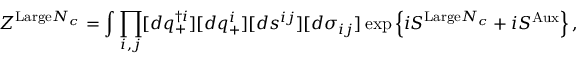
Z ^ { \mathrm { L a r g e } N _ { c } } = \int \prod _ { i , j } [ d q _ { + } ^ { \dag i } ] [ d q _ { + } ^ { i } ] [ d s ^ { i j } ] [ d \sigma _ { i j } ] \exp \left\{ i S ^ { \mathrm { L a r g e } N _ { c } } + i S ^ { \mathrm { A u x } } \right\} ,